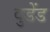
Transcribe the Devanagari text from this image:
वुडेंड